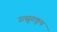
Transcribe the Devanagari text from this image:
उत्स्रुतकूप